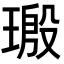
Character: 𬎀